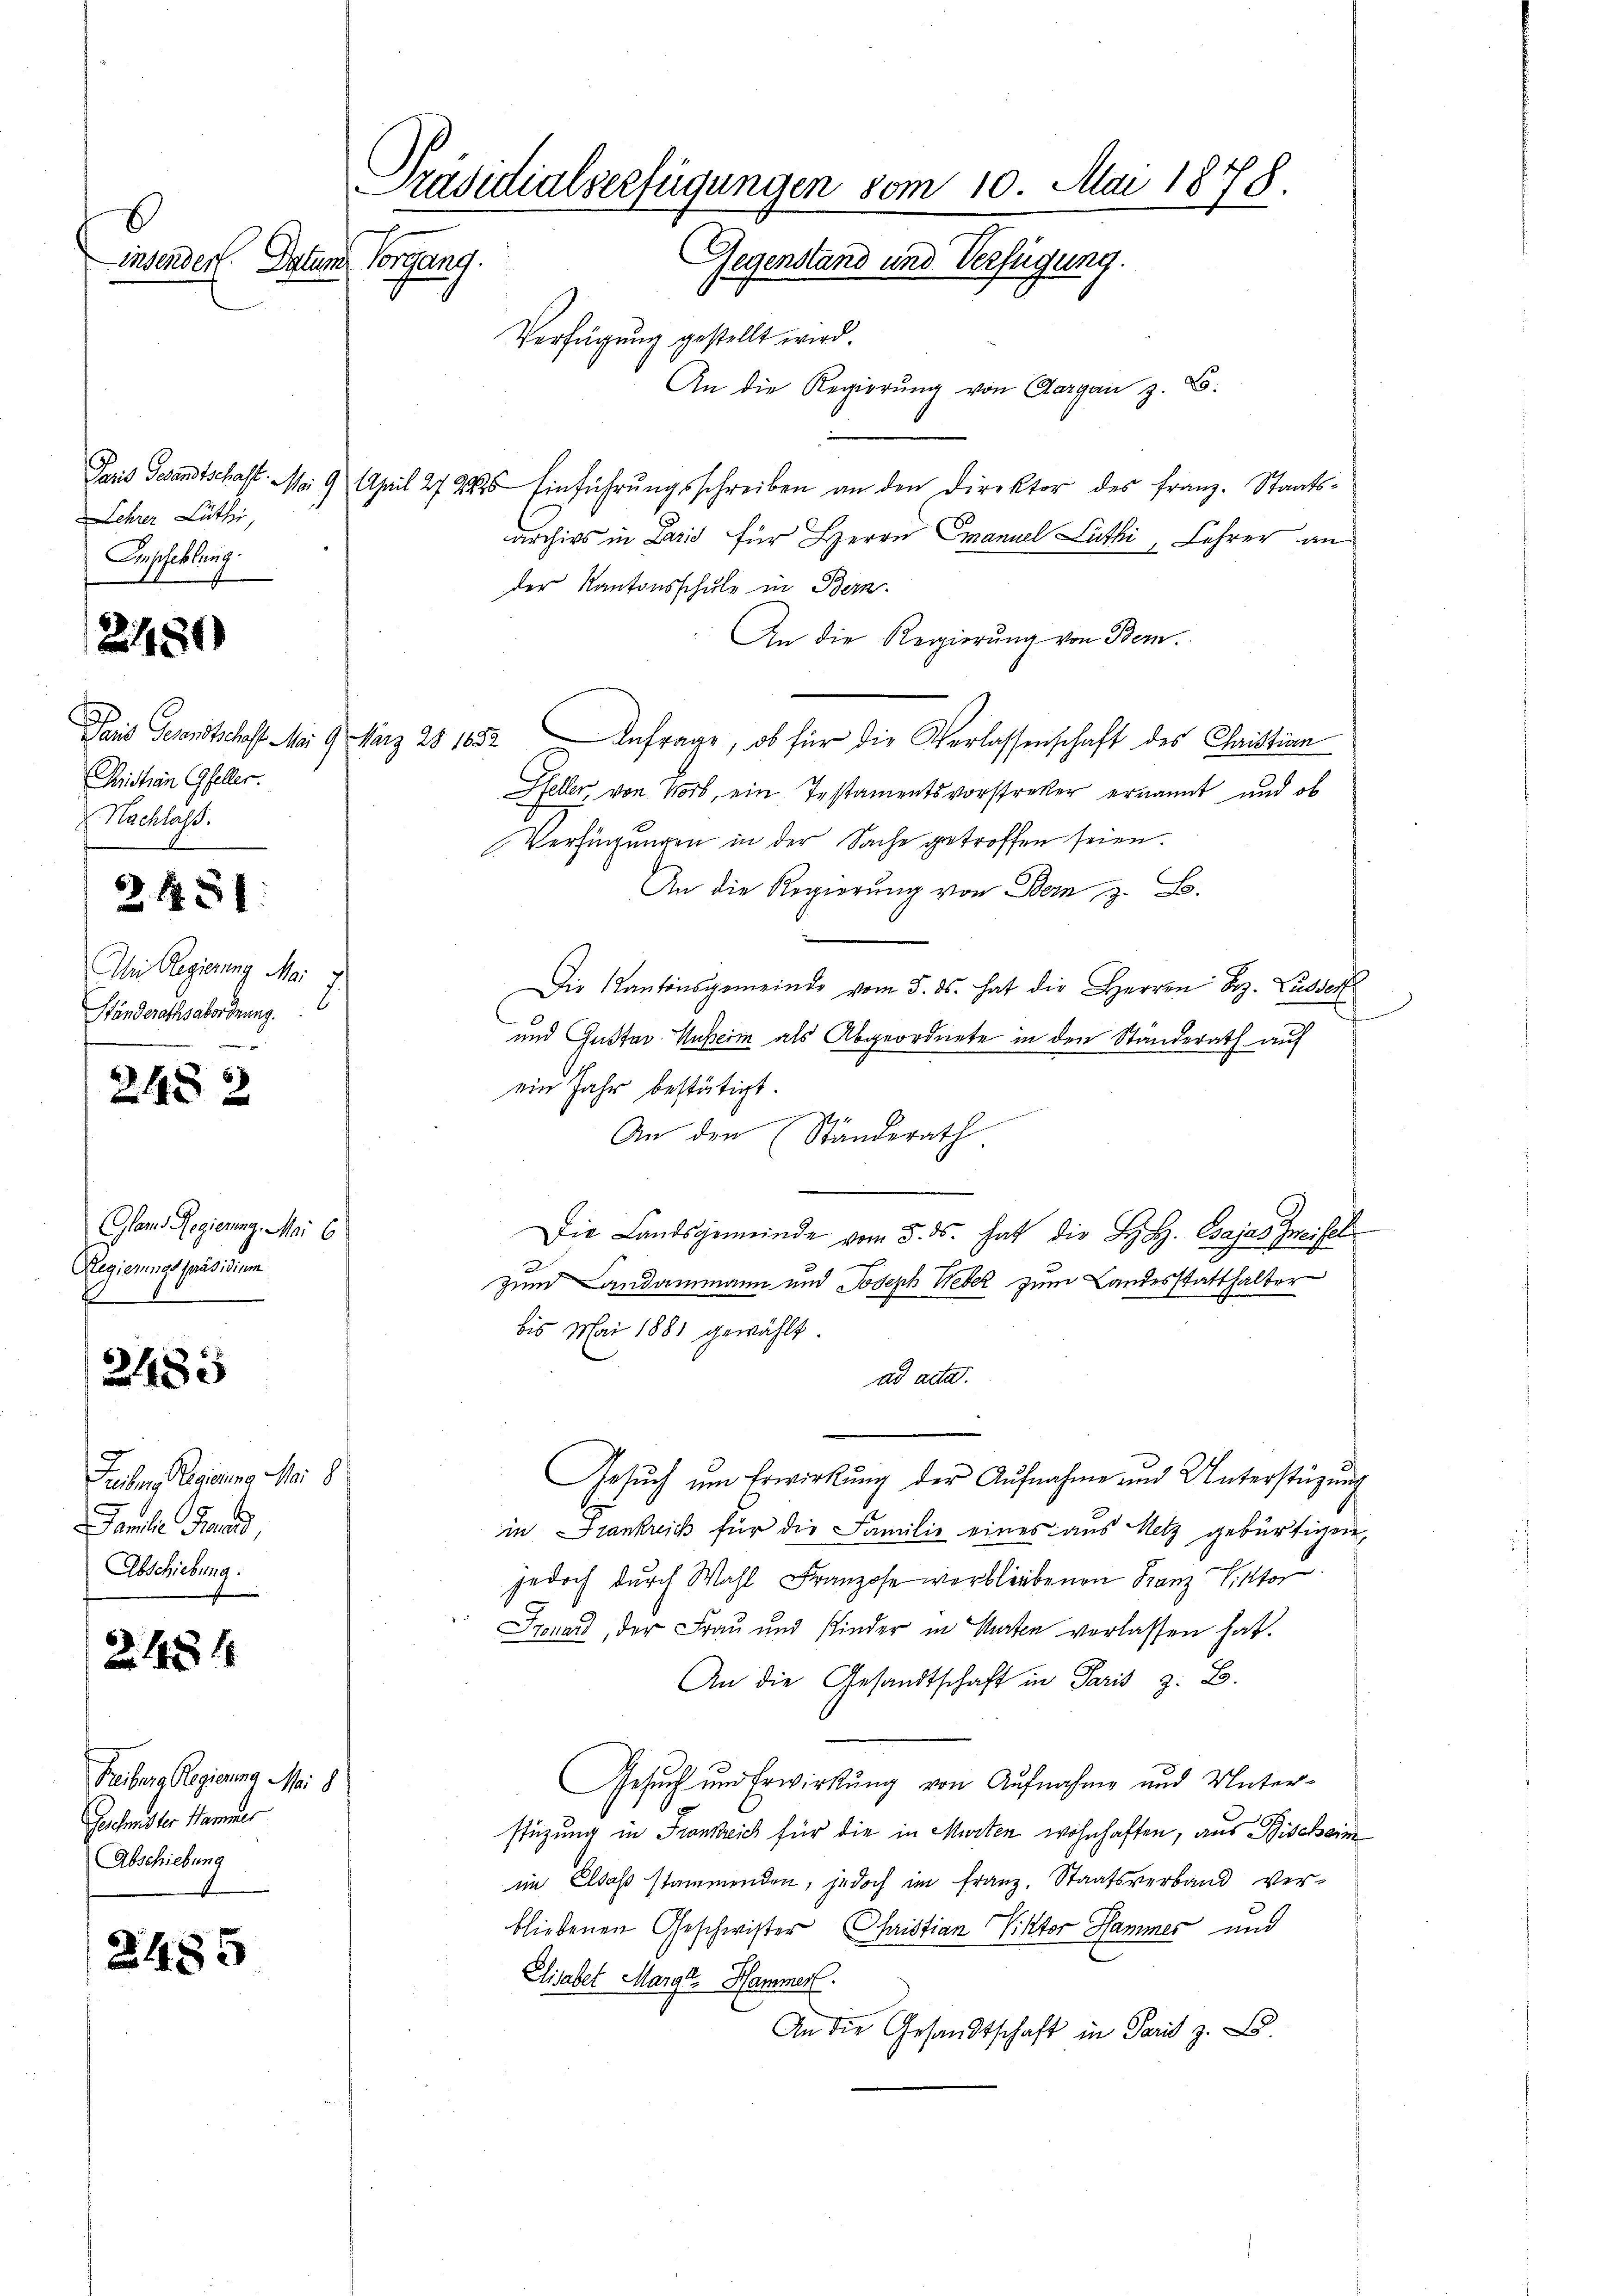
Präsidialverfügungen vom 10. Mai 1878.
E
Gegenstand und Verfügung.
insenden Datum Vorgang.
Verfügung gestellt wird.

Lehrer Lüthi
Empfehlung.

2480

Christian Gfeller.
Nachlass.

Ai Regierung Mai 1
Ständerathsabordnung.
.

2452

Glanz Regierung. Mai 6
Regierungspräsidium

Z. S. 81.

3485

Feichen Regierung Mai 8
amte Frau,
Abschiebung:

2. 484

Freiburg Regierung Mai 8
Geehmster Hammer
Abschiebung

2485

An die Regierung von Aargau z. B.
Paris Gesandtschaft. Mai 9 April 27 285 Einführŭngsschreiben an den Direktor des franz. Staats-
archirs in Paris für Herrn Emanuel Luthi, Lehrer an
der Kantonsschule in Bern.
An die Regierung von Bern.
Paris Gesandtschaft Mai 9 März 28 1652 Anfrage, ob für die Verlassenschaft des Christian
Pfeller, von Norb, ein Testamentsvorstreker ernannt und ob
Verfügungen in der Sache getroffen seien.
An die Regierung von Bern, z. B.
Die Kantonsgemeinde vom 5. ds. hat die Herren Bez. Lusdorf
und Gustav Unserm als Abgeordnete in den Standerath auf
ein Jahr bestätigt.
An den Ständerath.
e
Die Landsgemeinde vom 5. ds. hat die Hy. Csajas Zweifel
zund Landammann und Joseph Weber zum Landesstatthalter
bis Mai 1881 gewählt.
ad acta.
Gesuch um Erwirkung der Aufnahme und Unterstüzung
in Frankreich für die Familie eines aus Netz gebürtigen,
jedoch durch Wahl Franzose verbliebenen Franz Viktor
 Irenard, der Frau und Kinder in Garten verlassen hat.
An die Gesandtschaft in Paris z. B.
Gesuch und Erwirkung von Aufnahme und Unterstüzung in Frankreich für die in Murten wohnhaften, aus Bischein
im Elsaß stammenden, jedoch im Franz. Staatsverband ver-
bliebenen Geschwister Christian Viktor Hammer und
Elisabet Marge. Hammer.
An die Gesandtschaft in Paris z. B.